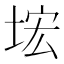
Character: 㙆